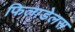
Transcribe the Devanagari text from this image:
फिलाडेलस